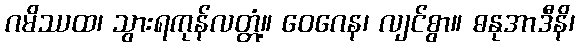
ဂမိဿထ၊ သွားရကုန်လတ္တံ့။ ဝေဂေန၊ လျင်စွာ။ ဓနုအာဒီနိ၊